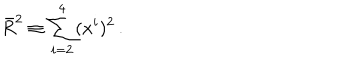
LaTeX: \bar { R } ^ { 2 } \equiv \sum _ { i = 2 } ^ { 4 } ( x ^ { i } ) ^ { 2 } \, .